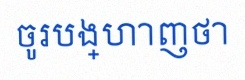
ចូរបង្ហាញថា